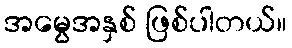
အမွေအနှစ် ဖြစ်ပါတယ်။